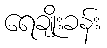
ရေချိုးခန်း